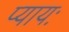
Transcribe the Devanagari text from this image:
प्यायः